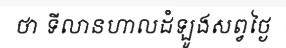
ថា ទីលានហាលដំឡូងសព្វថ្ងៃ